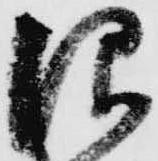
仰